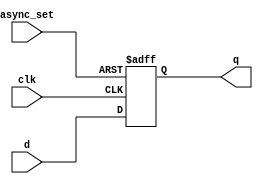
`timescale 1ns / 1ps
module DFF_async_set(clk,
                     async_set,
                     d,
                     q);
input clk;
input async_set;
input d;
output reg q;

always@(posedge clk, posedge async_set)begin
    if(async_set)
        q <= 1'b1;
    else
        q <= d;    
end

endmodule